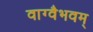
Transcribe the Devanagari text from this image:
वाग्वैभवम्